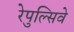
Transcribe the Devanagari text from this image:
रेपुल्सिवे